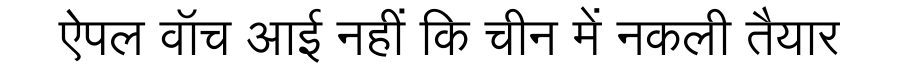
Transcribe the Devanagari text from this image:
ऐपल वॉच आई नहीं कि चीन में नकली तैयार